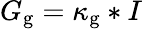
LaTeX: G_{\mathrm{g}}=\kappa_{\mathrm{g}}*I